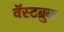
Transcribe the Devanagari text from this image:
वॅस्टब्रुक